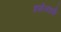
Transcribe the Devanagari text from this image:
डसेलडर्फ